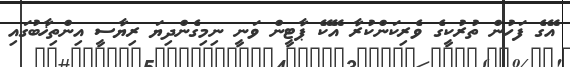
އޭގެ ފަހުން ތުރުކީގެ ވެރިކަންކުރާ އޭކޭ ޕާޓީން ވަނީ ނިމިގެންދިޔަ ރިޔާސީ އިންތިޚާބުގައި